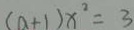
( a + 1 ) x ^ { 2 } = 3